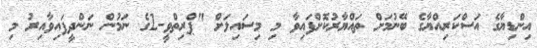
އިންޑިޔާގެ އަސްކަރިއްޔާގެ ބޭނުމަށް ތައްޔާރުކޮށްފައިވާ މި މިސައިލަށް "ޕްރިތްވީ-2ގެ ނަމުން ނަންދީފައިވާއިރު މި